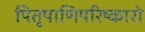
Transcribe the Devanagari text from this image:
पितृपाणिपरिष्कारो